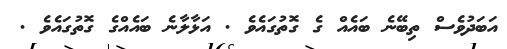
އަބަދުވެސް ތިބޭނެ ބައެއް ގެ ގޮތުގައެވެ . އަޅާލާނެ ބައެއްގެ ގޮތުގައެވެ .